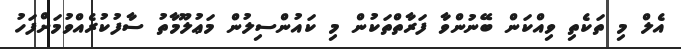
އެލް މި ތަކެތި ވިއްކަން ބޭނުންވާ ފަރާތްތަކުން މި ކައުންސިލުން މަޢުލޫމާތު ސާފުކުރެއްވުމަށްފަހު